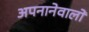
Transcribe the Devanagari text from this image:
अपनानेवालों